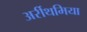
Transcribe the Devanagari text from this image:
अर्रीथमिया